Annual report of the Punjab Veterinary College and of the Civil Veterinary Department, Punjab - 1926-1932
Year: 1926
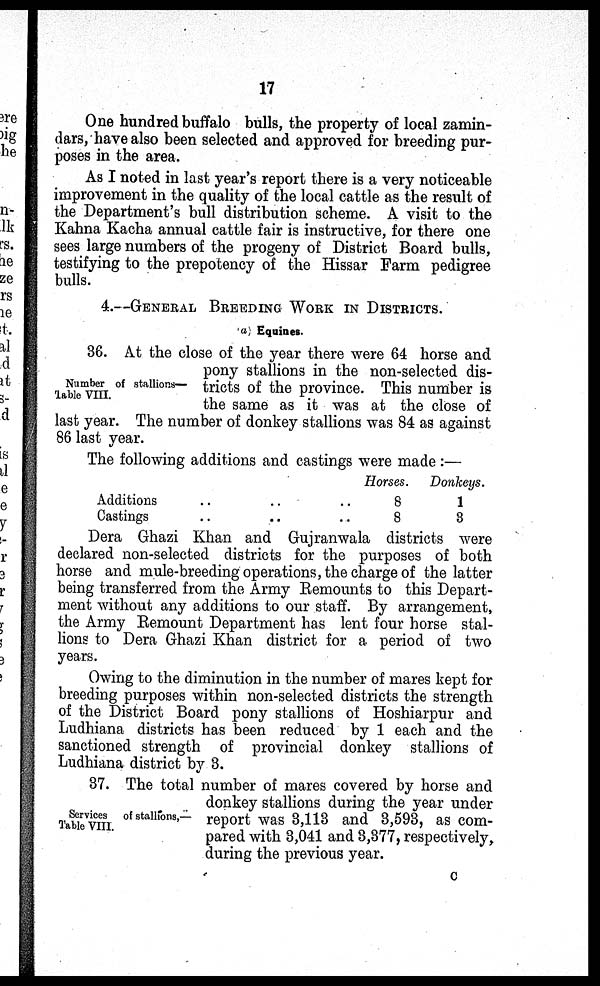
17
One hundred buffalo bulls, the property of local zamin-
dars, have also been selected and approved for breeding pur-
poses in the area.
As I noted in last year's report there is a very noticeable
improvement in the quality of the local cattle as the result of
the Department's bull distribution scheme. A visit to the
Kahna Kacha annual cattle fair is instructive, for there one
sees large numbers of the progeny of District Board bulls,
testifying to the prepotency of the Hissar Farm pedigree
bulls.
4.—GENERAL BREEDING WORK IN DISTRICTS.
(a) Equines.
Number of stallions—
Table VIII.
36. At the close of the year there were 64 horse and
pony stallions in the non-selected dis-
tricts of the province. This number is
the same as it was at the close of
last year. The number of donkey stallions was 84 as against
86 last year.
The following additions and castings were made :—
Additions
..
..
..
Castings
..
..
..
Horses.
8
8
Donkeys.
1
3
Dera Ghazi Khan and Gujranwala districts were
declared non-selected districts for the purposes of both
horse and mule-breeding operations, the charge of the latter
being transferred from the Army Remounts to this Depart-
ment without any additions to our staff. By arrangement,
the Army Remount Department has lent four horse stal-
lions to Dera Ghazi Khan district for a period of two
years.
Owing to the diminution in the number of mares kept for
breeding purposes within non-selected districts the strength
of the District Board pony stallions of Hoshiarpur and
Ludhiana districts has been reduced by 1 each and the
sanctioned strength of provincial donkey stallions of
Ludhiana district by 3.
Services of stallions,—
Table VIII.
37. The total number of mares covered by horse and
donkey stallions during the year under
report was 3,113 and 3,593, as com-
pared with 3,041 and 3,377, respectively,
during the previous year.
C